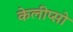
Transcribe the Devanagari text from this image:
केलीप्सो